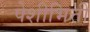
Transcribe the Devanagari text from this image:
पेशीभित्ती